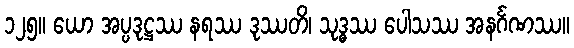
၁၂၅။ ယော အပ္ပဒုဋ္ဌဿ နရဿ ဒုဿတိ၊ သုဒ္ဓဿ ပေါသဿ အနင်္ဂဏဿ။